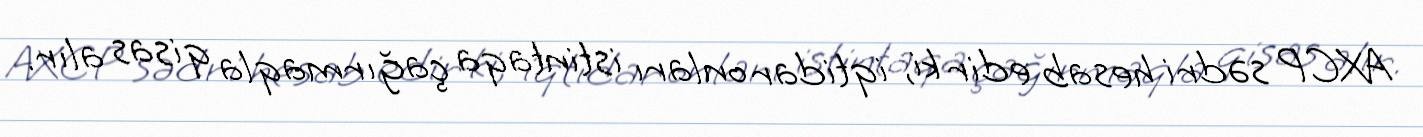
AXCP sədri hesab edir ki, iqtidar onları istintaqa çağırmaqla qisas alır.